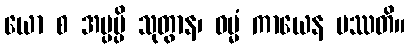
ယော စ အပ္ပမ္ပိ သုတွာန၊ ဓမ္မံ ကာယေန ပဿတိ။